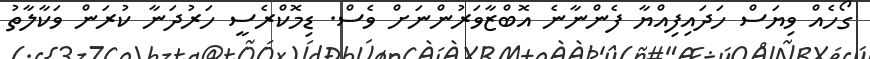
ގޯހެއް ވިޔަސް ހަދައިފިއްޔާ ފެންނާނެ އޮބްޒާވަރުންނަށް ވެސް. ޑިމޮކްރެސީ ހަރުދަނާ ކުރަން ވަކާލާތު